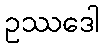
ဥဿဒေါ